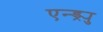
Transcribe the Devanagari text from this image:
एन्ड्र्यु